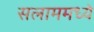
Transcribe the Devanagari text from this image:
सलाममध्ये